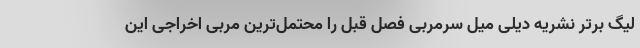
لیگ برتر نشریه دیلی میل سرمربی فصل قبل را محتمل‌ترین مربی اخراجی این